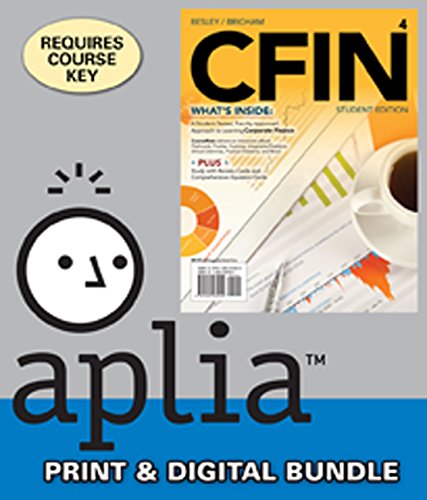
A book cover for Bundle: CFIN4 (with CourseMate Printed Access Card), 4th + Aplia(TM), 1 term Printed Access Card; Scott Besley; Business & Money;